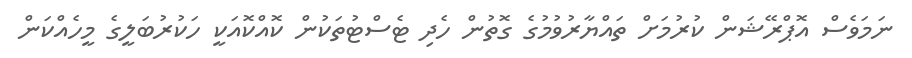
ނަމަވެސް އޮޕްރޭޝަން ކުރުމަށް ތައްޔާރުވުމުގެ ގޮތުން ހެދި ޓެސްޓުތަކުން ކޮއްކޮއަކީ ހަކުރުބަލީގެ މީހެއްކަން